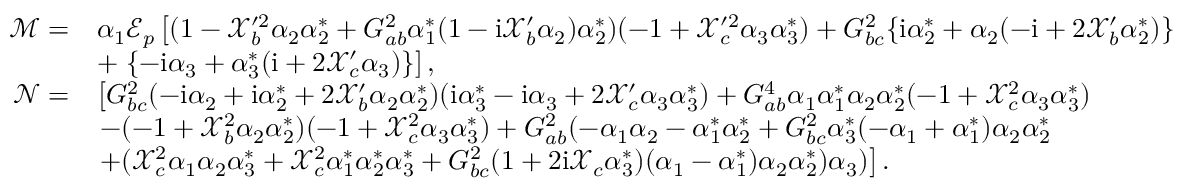
\begin{array} { r l } { \mathcal { M } = } & { \alpha _ { 1 } \mathcal { E } _ { p } \left[ ( 1 - \mathcal { X } _ { b } ^ { \prime 2 } \alpha _ { 2 } \alpha _ { 2 } ^ { * } + G _ { a b } ^ { 2 } \alpha _ { 1 } ^ { * } ( 1 - \mathrm { i } \mathcal { X } _ { b } ^ { \prime } \alpha _ { 2 } ) \alpha _ { 2 } ^ { * } ) ( - 1 + \mathcal { X } _ { c } ^ { \prime 2 } \alpha _ { 3 } \alpha _ { 3 } ^ { * } ) + G _ { b c } ^ { 2 } \{ \mathrm { i } \alpha _ { 2 } ^ { * } + \alpha _ { 2 } ( - \mathrm { i } + 2 \mathcal { X } _ { b } ^ { \prime } \alpha _ { 2 } ^ { * } ) \} \right. } \\ & { + \left. \{ - \mathrm { i } \alpha _ { 3 } + \alpha _ { 3 } ^ { * } ( \mathrm { i } + 2 \mathcal { X } _ { c } ^ { \prime } \alpha _ { 3 } ) \} \right] , } \\ { \mathcal { N } = } & { \left[ G _ { b c } ^ { 2 } ( - \mathrm { i } \alpha _ { 2 } + \mathrm { i } \alpha _ { 2 } ^ { * } + 2 \mathcal { X } _ { b } ^ { \prime } \alpha _ { 2 } \alpha _ { 2 } ^ { * } ) ( \mathrm { i } \alpha _ { 3 } ^ { * } - \mathrm { i } \alpha _ { 3 } + 2 \mathcal { X } _ { c } ^ { \prime } \alpha _ { 3 } \alpha _ { 3 } ^ { * } ) + G _ { a b } ^ { 4 } \alpha _ { 1 } \alpha _ { 1 } ^ { * } \alpha _ { 2 } \alpha _ { 2 } ^ { * } ( - 1 + \mathcal { X } _ { c } ^ { 2 } \alpha _ { 3 } \alpha _ { 3 } ^ { * } ) \right. } \\ & { \left. - ( - 1 + \mathcal { X } _ { b } ^ { 2 } \alpha _ { 2 } \alpha _ { 2 } ^ { * } ) ( - 1 + \mathcal { X } _ { c } ^ { 2 } \alpha _ { 3 } \alpha _ { 3 } ^ { * } ) + G _ { a b } ^ { 2 } ( - \alpha _ { 1 } \alpha _ { 2 } - \alpha _ { 1 } ^ { * } \alpha _ { 2 } ^ { * } + G _ { b c } ^ { 2 } \alpha _ { 3 } ^ { * } ( - \alpha _ { 1 } + \alpha _ { 1 } ^ { * } ) \alpha _ { 2 } \alpha _ { 2 } ^ { * } \right. } \\ & { \left. + ( \mathcal { X } _ { c } ^ { 2 } \alpha _ { 1 } \alpha _ { 2 } \alpha _ { 3 } ^ { * } + \mathcal { X } _ { c } ^ { 2 } \alpha _ { 1 } ^ { * } \alpha _ { 2 } ^ { * } \alpha _ { 3 } ^ { * } + G _ { b c } ^ { 2 } ( 1 + 2 \mathrm { i } \mathcal { X } _ { c } \alpha _ { 3 } ^ { * } ) ( \alpha _ { 1 } - \alpha _ { 1 } ^ { * } ) \alpha _ { 2 } \alpha _ { 2 } ^ { * } ) \alpha _ { 3 } ) \right] . } \end{array}